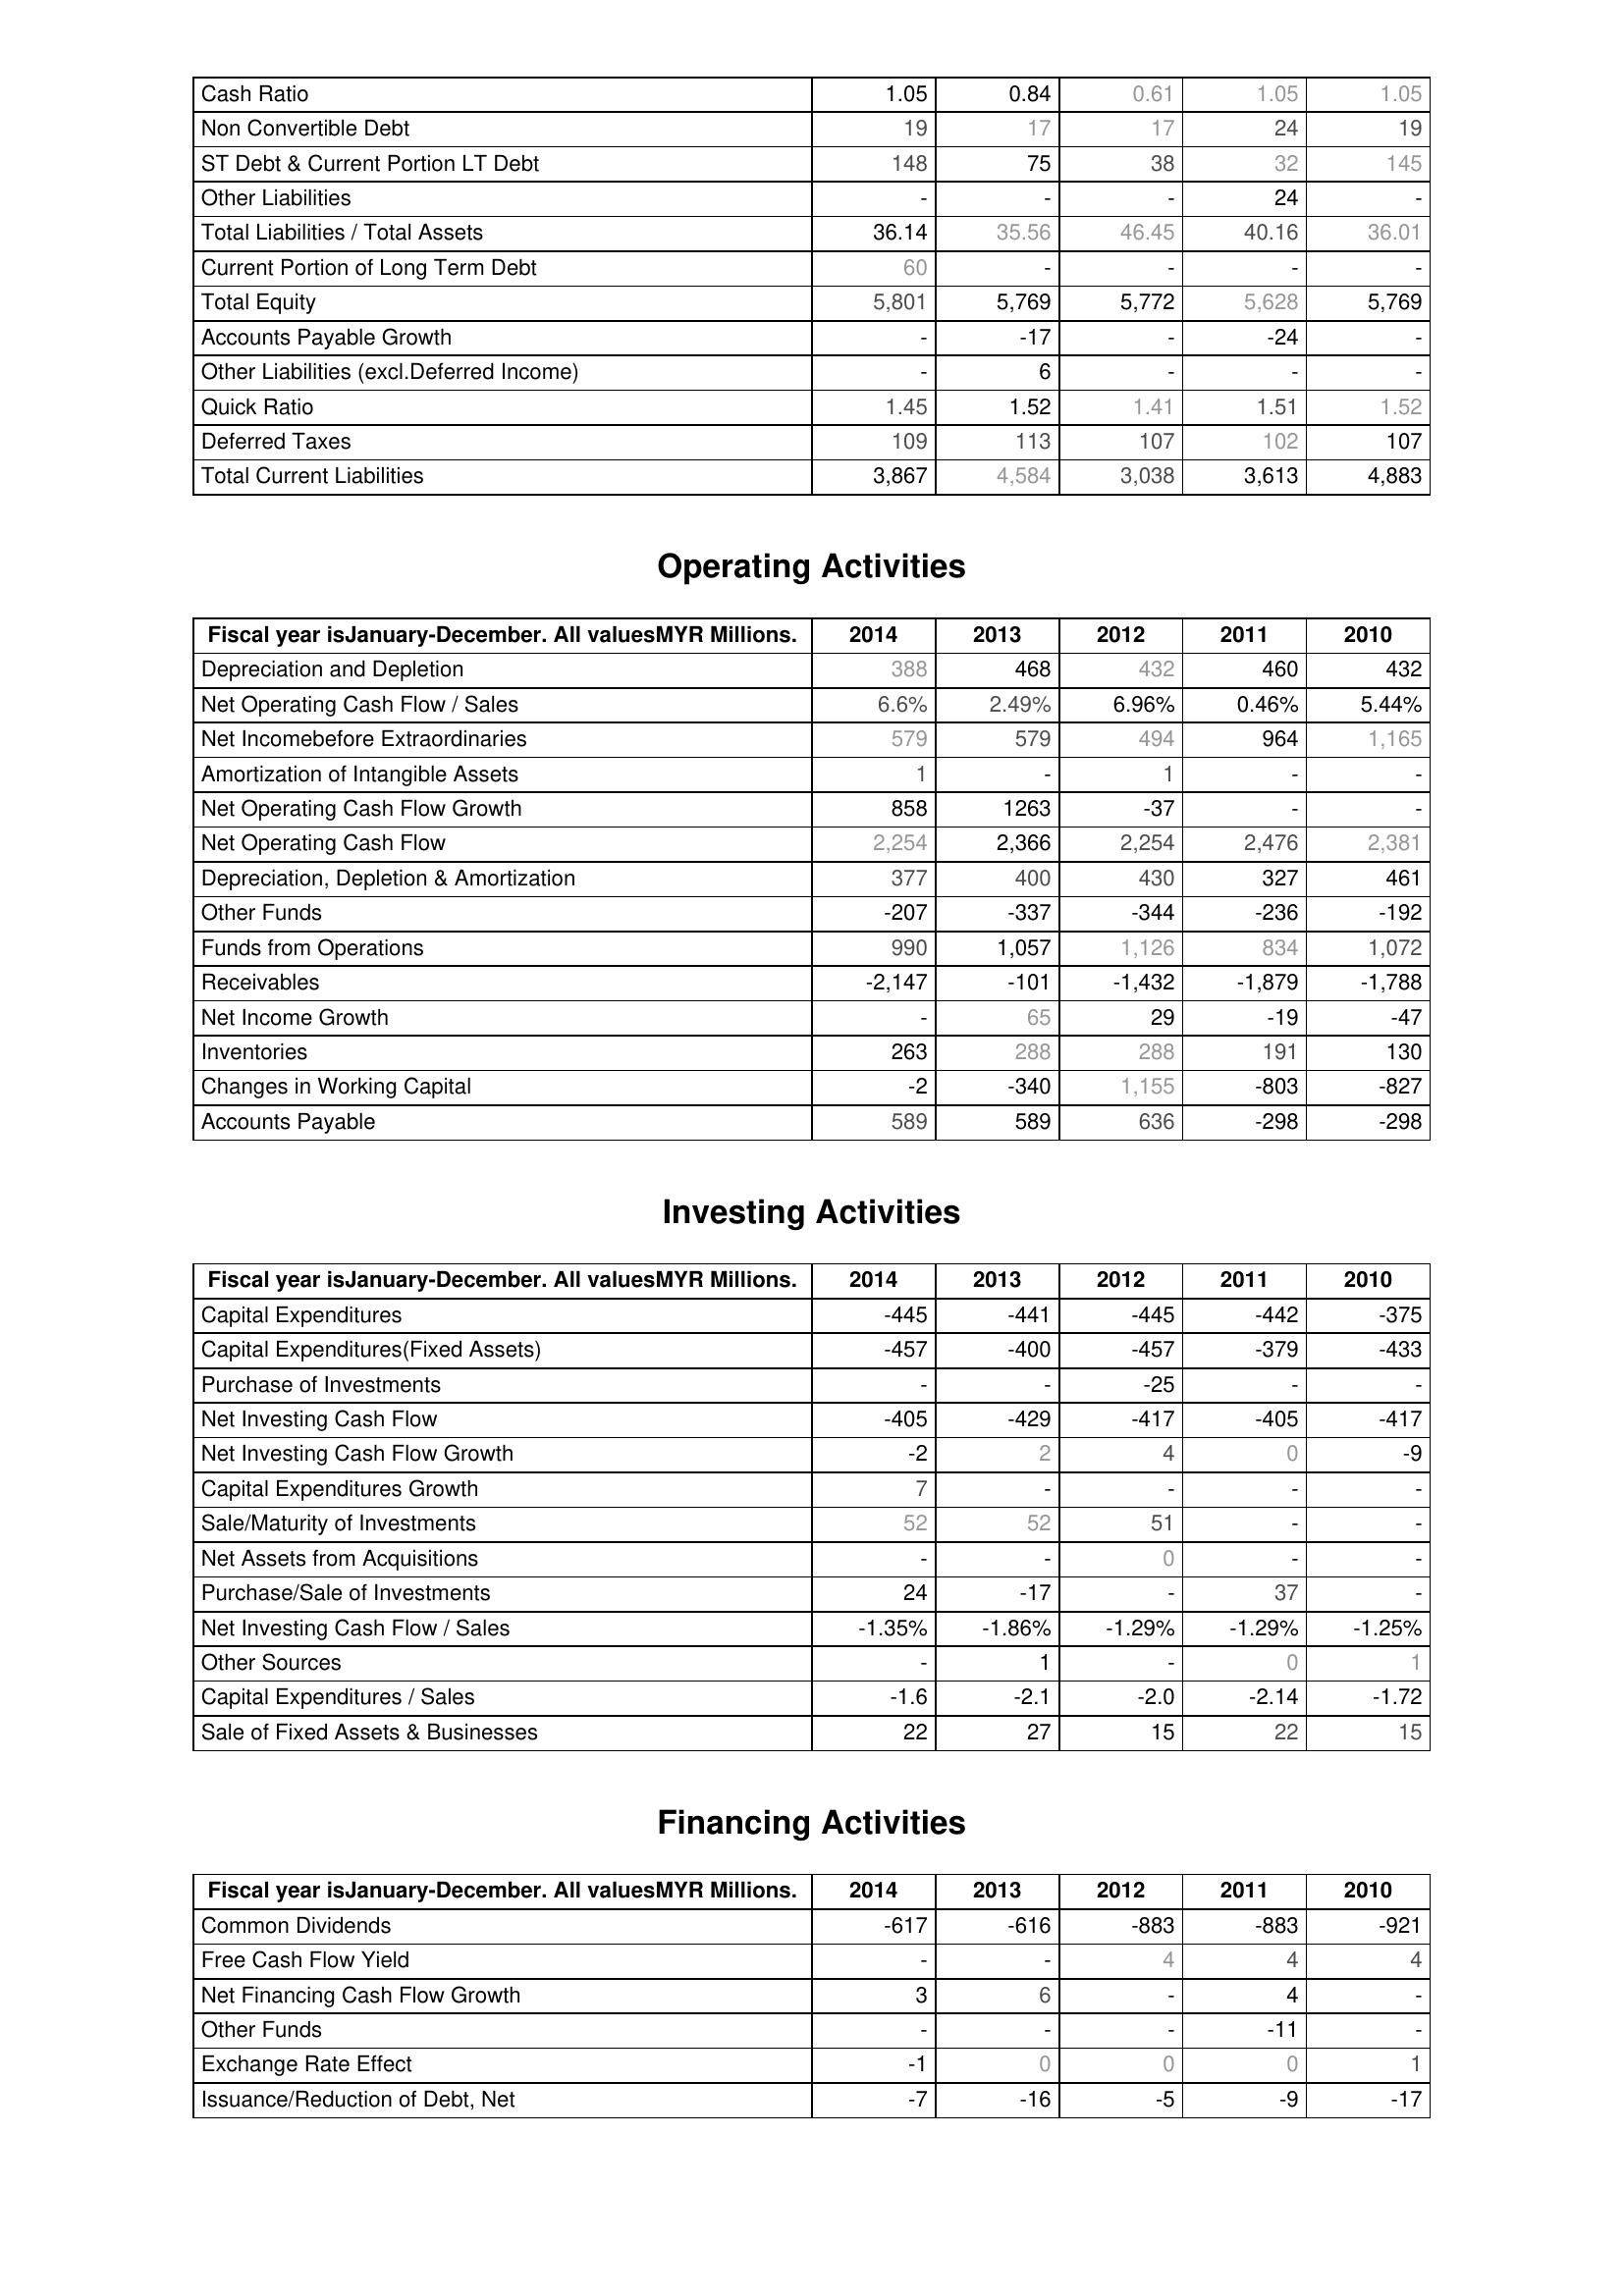
2014: Liabilities & Shareholder's Equity: Cash Ratio: 1.05
Non Convertible Debt: 19
ST Debt & Current Portion LT Debt: 148
Other Liabilities: -
Total Liabilities / Total Assets: 36.14
Current Portion of Long Term Debt: 60
Total Equity: 5,801
Accounts Payable Growth: -
Other Liabilities (excl.Deferred Income): -
Quick Ratio: 1.45
Deferred Taxes: 109
Total Current Liabilities: 3,867
Operating Activities: Depreciation and Depletion: 388
Net Operating Cash Flow / Sales: 6.6%
Net Incomebefore Extraordinaries: 579
Amortization of Intangible Assets: 1
Net Operating Cash Flow Growth: 858
Net Operating Cash Flow: 2,254
Depreciation, Depletion & Amortization: 377
Other Funds: -207
Funds from Operations: 990
Receivables: -2,147
Net Income Growth: -
Inventories: 263
Changes in Working Capital: -2
Accounts Payable: 589
Investing Activities: Capital Expenditures: -445
Capital Expenditures(Fixed Assets): -457
Purchase of Investments: -
Net Investing Cash Flow: -405
Net Investing Cash Flow Growth: -2
Capital Expenditures Growth: 7
Sale/Maturity of Investments: 52
Net Assets from Acquisitions: -
Purchase/Sale of Investments: 24
Net Investing Cash Flow / Sales: -1.35%
Other Sources: -
Capital Expenditures / Sales: -1.6
Sale of Fixed Assets & Businesses: 22
Financing Activities: Common Dividends: -617
Free Cash Flow Yield: -
Net Financing Cash Flow Growth: 3
Other Funds: -
Exchange Rate Effect: -1
Issuance/Reduction of Debt, Net: -7
2013: Liabilities & Shareholder's Equity: Cash Ratio: 0.84
Non Convertible Debt: 17
ST Debt & Current Portion LT Debt: 75
Other Liabilities: -
Total Liabilities / Total Assets: 35.56
Current Portion of Long Term Debt: -
Total Equity: 5,769
Accounts Payable Growth: -17
Other Liabilities (excl.Deferred Income): 6
Quick Ratio: 1.52
Deferred Taxes: 113
Total Current Liabilities: 4,584
Operating Activities: Depreciation and Depletion: 468
Net Operating Cash Flow / Sales: 2.49%
Net Incomebefore Extraordinaries: 579
Amortization of Intangible Assets: -
Net Operating Cash Flow Growth: 1263
Net Operating Cash Flow: 2,366
Depreciation, Depletion & Amortization: 400
Other Funds: -337
Funds from Operations: 1,057
Receivables: -101
Net Income Growth: 65
Inventories: 288
Changes in Working Capital: -340
Accounts Payable: 589
Investing Activities: Capital Expenditures: -441
Capital Expenditures(Fixed Assets): -400
Purchase of Investments: -
Net Investing Cash Flow: -429
Net Investing Cash Flow Growth: 2
Capital Expenditures Growth: -
Sale/Maturity of Investments: 52
Net Assets from Acquisitions: -
Purchase/Sale of Investments: -17
Net Investing Cash Flow / Sales: -1.86%
Other Sources: 1
Capital Expenditures / Sales: -2.1
Sale of Fixed Assets & Businesses: 27
Financing Activities: Common Dividends: -616
Free Cash Flow Yield: -
Net Financing Cash Flow Growth: 6
Other Funds: -
Exchange Rate Effect: 0
Issuance/Reduction of Debt, Net: -16
2012: Liabilities & Shareholder's Equity: Cash Ratio: 0.61
Non Convertible Debt: 17
ST Debt & Current Portion LT Debt: 38
Other Liabilities: -
Total Liabilities / Total Assets: 46.45
Current Portion of Long Term Debt: -
Total Equity: 5,772
Accounts Payable Growth: -
Other Liabilities (excl.Deferred Income): -
Quick Ratio: 1.41
Deferred Taxes: 107
Total Current Liabilities: 3,038
Operating Activities: Depreciation and Depletion: 432
Net Operating Cash Flow / Sales: 6.96%
Net Incomebefore Extraordinaries: 494
Amortization of Intangible Assets: 1
Net Operating Cash Flow Growth: -37
Net Operating Cash Flow: 2,254
Depreciation, Depletion & Amortization: 430
Other Funds: -344
Funds from Operations: 1,126
Receivables: -1,432
Net Income Growth: 29
Inventories: 288
Changes in Working Capital: 1,155
Accounts Payable: 636
Investing Activities: Capital Expenditures: -445
Capital Expenditures(Fixed Assets): -457
Purchase of Investments: -25
Net Investing Cash Flow: -417
Net Investing Cash Flow Growth: 4
Capital Expenditures Growth: -
Sale/Maturity of Investments: 51
Net Assets from Acquisitions: 0
Purchase/Sale of Investments: -
Net Investing Cash Flow / Sales: -1.29%
Other Sources: -
Capital Expenditures / Sales: -2.0
Sale of Fixed Assets & Businesses: 15
Financing Activities: Common Dividends: -883
Free Cash Flow Yield: 4
Net Financing Cash Flow Growth: -
Other Funds: -
Exchange Rate Effect: 0
Issuance/Reduction of Debt, Net: -5
2011: Liabilities & Shareholder's Equity: Cash Ratio: 1.05
Non Convertible Debt: 24
ST Debt & Current Portion LT Debt: 32
Other Liabilities: 24
Total Liabilities / Total Assets: 40.16
Current Portion of Long Term Debt: -
Total Equity: 5,628
Accounts Payable Growth: -24
Other Liabilities (excl.Deferred Income): -
Quick Ratio: 1.51
Deferred Taxes: 102
Total Current Liabilities: 3,613
Operating Activities: Depreciation and Depletion: 460
Net Operating Cash Flow / Sales: 0.46%
Net Incomebefore Extraordinaries: 964
Amortization of Intangible Assets: -
Net Operating Cash Flow Growth: -
Net Operating Cash Flow: 2,476
Depreciation, Depletion & Amortization: 327
Other Funds: -236
Funds from Operations: 834
Receivables: -1,879
Net Income Growth: -19
Inventories: 191
Changes in Working Capital: -803
Accounts Payable: -298
Investing Activities: Capital Expenditures: -442
Capital Expenditures(Fixed Assets): -379
Purchase of Investments: -
Net Investing Cash Flow: -405
Net Investing Cash Flow Growth: 0
Capital Expenditures Growth: -
Sale/Maturity of Investments: -
Net Assets from Acquisitions: -
Purchase/Sale of Investments: 37
Net Investing Cash Flow / Sales: -1.29%
Other Sources: 0
Capital Expenditures / Sales: -2.14
Sale of Fixed Assets & Businesses: 22
Financing Activities: Common Dividends: -883
Free Cash Flow Yield: 4
Net Financing Cash Flow Growth: 4
Other Funds: -11
Exchange Rate Effect: 0
Issuance/Reduction of Debt, Net: -9
2010: Liabilities & Shareholder's Equity: Cash Ratio: 1.05
Non Convertible Debt: 19
ST Debt & Current Portion LT Debt: 145
Other Liabilities: -
Total Liabilities / Total Assets: 36.01
Current Portion of Long Term Debt: -
Total Equity: 5,769
Accounts Payable Growth: -
Other Liabilities (excl.Deferred Income): -
Quick Ratio: 1.52
Deferred Taxes: 107
Total Current Liabilities: 4,883
Operating Activities: Depreciation and Depletion: 432
Net Operating Cash Flow / Sales: 5.44%
Net Incomebefore Extraordinaries: 1,165
Amortization of Intangible Assets: -
Net Operating Cash Flow Growth: -
Net Operating Cash Flow: 2,381
Depreciation, Depletion & Amortization: 461
Other Funds: -192
Funds from Operations: 1,072
Receivables: -1,788
Net Income Growth: -47
Inventories: 130
Changes in Working Capital: -827
Accounts Payable: -298
Investing Activities: Capital Expenditures: -375
Capital Expenditures(Fixed Assets): -433
Purchase of Investments: -
Net Investing Cash Flow: -417
Net Investing Cash Flow Growth: -9
Capital Expenditures Growth: -
Sale/Maturity of Investments: -
Net Assets from Acquisitions: -
Purchase/Sale of Investments: -
Net Investing Cash Flow / Sales: -1.25%
Other Sources: 1
Capital Expenditures / Sales: -1.72
Sale of Fixed Assets & Businesses: 15
Financing Activities: Common Dividends: -921
Free Cash Flow Yield: 4
Net Financing Cash Flow Growth: -
Other Funds: -
Exchange Rate Effect: 1
Issuance/Reduction of Debt, Net: -17